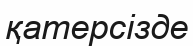
қатерсізде